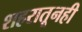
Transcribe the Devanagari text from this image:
शहरातूनही